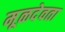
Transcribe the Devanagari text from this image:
मूळदेवता